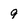
Character: 9